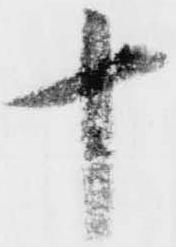
十